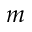
m